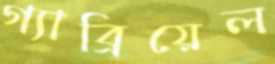
গ্যাব্রিয়েল